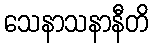
သေနာသနာနီတိ